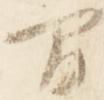
間